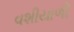
વશીયાળી